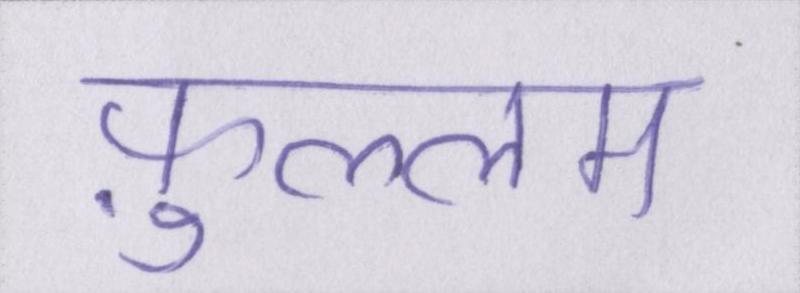
फ़ुल्लम